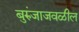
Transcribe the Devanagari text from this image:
बुरुंजाजवळील